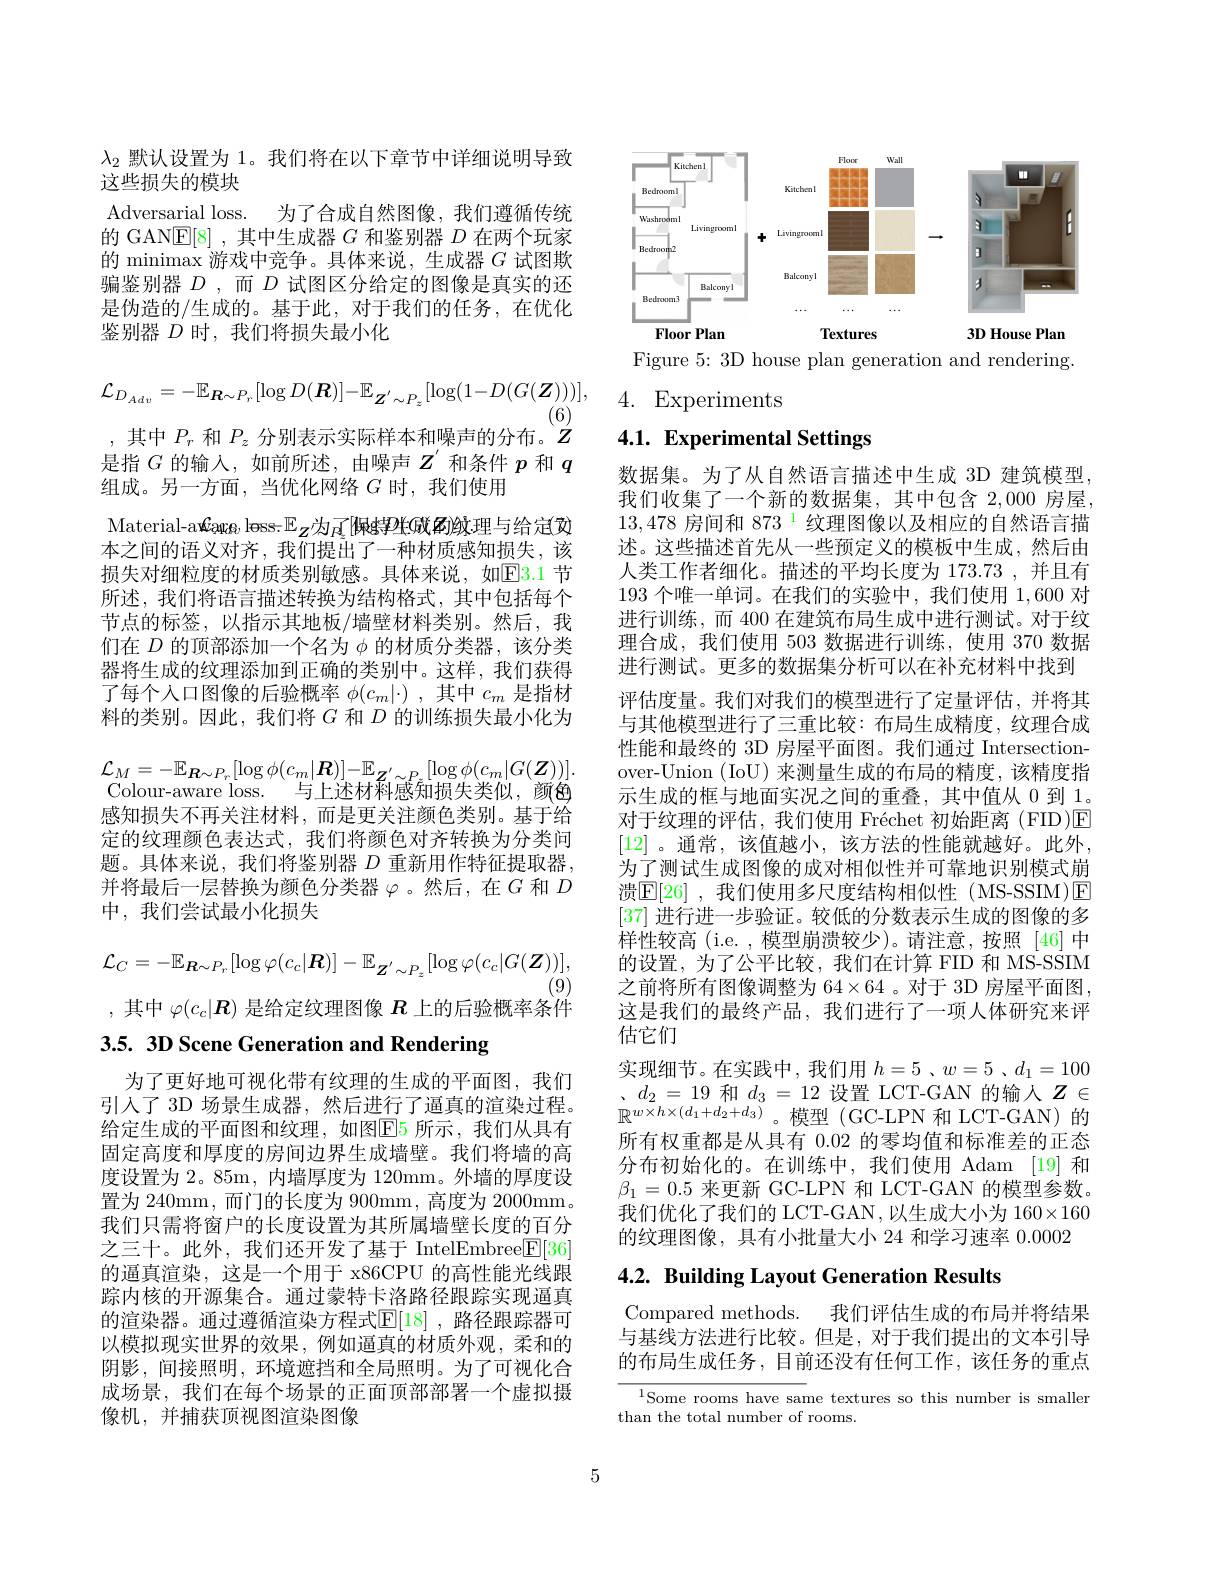
$$\mathcal{L}_{D_{Adv}}=-\mathbb{E}_{\boldsymbol{R}\sim P_{r}}[\log D(\boldsymbol{R})]-\mathbb{E}_{\boldsymbol{Z}^{'}\sim P_{z}}[\log(1-D(G(\boldsymbol{Z})))],$$
(6)
,其中$P_r$和$P_z$分别表示实际样本和噪声的分布。$^{\prime}Z$

$\lambda_2$默认设置为 1。我们将在以下章节中详细说明导致
这些损失的模块
Adversarial loss. 为了合成自然图像，我们遵循传统的 GANE[8] ,其中生成器$G$和鉴别器$D$在两个玩家的 minimax 游戏中竞争。具体来说，生成器$G$试图欺骗鉴别器$D$,而$D$试图区分给定的图像是真实的还是伪造的/生成的。基于此，对于我们的任务，在优化鉴别器$D$时，我们将损失最小化
是指$G$的输入，如前所述，由噪声$Z^{\prime}$和条件$p$和$q$
组成。另一方面，当优化网络$G$时，我们使用
Material-a$\textbf{kar\"{o}}_0$ less-$\mathbb{E}_Z$为$_R^{[\text{佩特}2]}$didiger 本之间的语义对齐，我们提出了一种材质感知损失，该损失对细粒度的材质类别敏感。具体来说，如$\overline{\mathrm{E}}$3.1 节所述，我们将语言描述转换为结构格式，其中包括每个节点的标签，以指示其地板/墙壁材料类别。然后，我们在$D$的顶部添加一个名为$\phi$的材质分类器，该分类器将生成的纹理添加到正确的类别中。这样，我们获得了每个人口图像的后验概率$\phi(c_m|\cdot)$ ,其中$c_m$是指材料的类别。因此，我们将$G$和$D$的训练损失最小化为
$$\mathcal{L}_{M}=-\mathbb{E}_{\boldsymbol{R}\sim P_{r}}[\log\phi(c_{m}|\boldsymbol{R})]-\mathbb{E}_{\boldsymbol{Z}^{'}\sim P_{\tilde{\boldsymbol{Z}}}}[\log\phi(c_{m}|G(\boldsymbol{Z}))].$$
Colour-aware loss. 与上述材料感知损失类似，颜色感知损失不再关注材料，而是更关注颜色类别。基于给定的纹理颜色表达式，我们将颜色对齐转换为分类间题。具体来说，我们将鉴别器 $D$ 重新用作特征提取器， 并将最后一层替换为颜色分类器$\varphi$。然后，在$G$ 和 $D$ 中，我们尝试最小化损失
$$\mathcal{L}_{C}=-\mathbb{E}_{\boldsymbol{R}\sim P_{r}}[\log\varphi(c_{c}|\boldsymbol{R})]-\mathbb{E}_{\boldsymbol{Z}^{'}\sim P_{z}}[\log\varphi(c_{c}|G(\boldsymbol{Z}))],$$
(9)

,其中$\varphi(c_c|\boldsymbol{R})$是给定纹理图像$R$上的后验概率条件

3.5. 3D Scene Generation and Rendering

为了更好地可视化带有纹理的生成的平面图，我们引入了 3D 场景生成器，然后进行了逼真的渲染过程。给定生成的平面图和纹理，如图E5 所示，我们从具有固定高度和厚度的房间边界生成墙壁。我们将墙的高度设置为 2。85m, 内墙厚度为 120mm。外墙的厚度设置为 240mm, 而门的长度为 900mm, 高度为 2000mm。我们只需将窗户的长度设置为其所属墙壁长度的百分之三十。此外，我们还开发了基于 IntelEmbree$\textcircled[36]$ 的逼真渲染，这是一个用于 x86CPU 的高性能光线跟踪内核的开源集合。通过蒙特卡洛路径跟踪实现逼真的渲染器。通过遵循渲染方程式$\mathbb{E}[18]$,路径跟踪器可以模拟现实世界的效果，例如逼真的材质外观，柔和的阴影，间接照明，环境遮挡和全局照明。为了可视化合成场景，我们在每个场景的正面顶部部署一个虚拟摄像机，并捕获顶视图渲染图像

<FigureHere>

Figure 5: 3D house plan generation and rendering.
4. Experiments

4.1. Experimental Settings

数据集。为了从自然语言描述中生成 3D 建筑模型， 我们收集了一个新的数据集，其中包含 2,000 房屋， $13,478\text{ 房间和 873}^{1}$纹理图像以及相应的自然语言描述。这些描述首先从一些预定义的模板中生成，然后由人类工作者细化。描述的平均长度为 173.73 ,并且有193 个唯一单词。在我们的实验中，我们使用1，600对进行训练，而 400 在建筑布局生成中进行测试。对于纹理合成，我们使用 503 数据进行训练，使用 370 数据进行测试。更多的数据集分析可以在补充材料中找到评估度量。我们对我们的模型进行了定量评估，并将其与其他模型进行了三重比较：布局生成精度，纹理合成性能和最终的 3D 房屋平面图。我们通过 Intersectionover-Union (IoU) 来测量生成的布局的精度，该精度指示生成的框与地面实况之间的重叠，其中值从 0 到 1。对于纹理的评估，我们使用 Fréchet 初始距离 (FID)E [12] 。通常，该值越小，该方法的性能就越好。此外， 为了测试生成图像的成对相似性并可靠地识别模式崩溃$\boxed{\mathrm{E}[26]}$ ,我们使用多尺度结构相似性(MS-SSIM)E [37]进行进一步验证。较低的分数表示生成的图像的多样性较高 (i.e. ,模型崩溃较少)。请注意，按照 [46]中的设置，为了公平比较，我们在计算 FID 和 MS-SSIM 之前将所有图像调整为 64×64 。对于 3D 房屋平面图， 这是我们的最终产品，我们进行了一项人体研究来评估它们
实现细节。在实践中，我们用$h=5$ 、$w=5$ 、$d_1=100$ $、d_2=19$和$d_3=12$设置 LCT-GAN 的输人$Z\in$ $\mathbb{R}^{w\times h\times(d_{1}+d_{2}+d_{3})}$。模型(GC-LPN 和 $LCT- GAN)$的所有权重都是从具有 0.02 的零均值和标准差的正态分布初始化的。在训练中，我们使用 Adam [19] 和$\beta_1=0.5$来更新 GC-LPN 和 LCT-GAN 的模型参数。我们优化了我们的 LCT-GAN,以生成大小为 160×160的纹理图像，具有小批量大小 24 和学习速率0.0002

# 4.2. Building Layout Generation Results

Compared methods. 我们评估生成的布局并将结果与基线方法进行比较。但是，对于我们提出的文本引导的布局生成任务，目前还没有任何工作，该任务的重点

$^{1}$Some rooms have same textures so this number is smaller
than the total number of rooms.

5